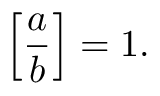
\left[ { \frac { a } { b } } \right] = 1 .